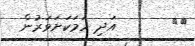
٣٥       އަދި ހަމަކަށަވަރުން